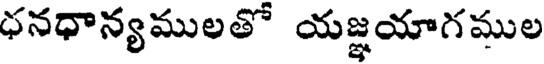
ధనధాన్యములతో యజ్ఞయాగముల